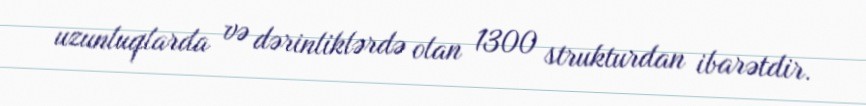
uzunluqlarda və dərinliklərdə olan 1300 strukturdan ibarətdir.